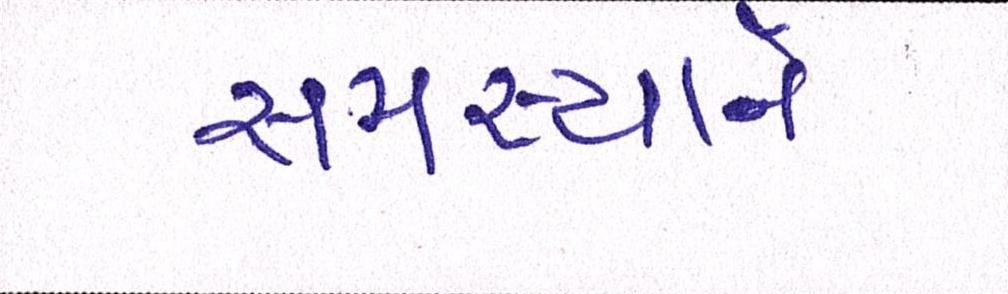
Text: સમસ્યાને